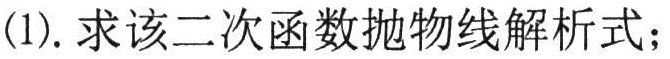
(1). 求该二次函数抛物线解析式；